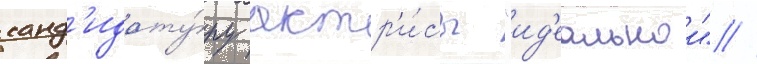
канд'идату́ру актр'и́сы "ид'еальнои" //